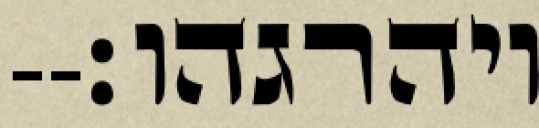
ויהרגהו׃--